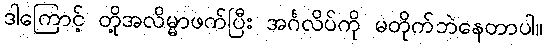
ဒါကြောင့် တို့အလိမ္မာဖက်ပြီး အင်္ဂလိပ်ကို မတိုက်ဘဲနေတာပါ။